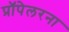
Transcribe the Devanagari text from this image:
प्रॉपेलरना